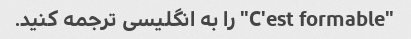
"C'est formable" را به انگلیسی ترجمه کنید.